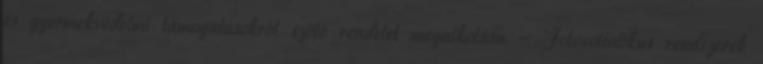
és gyermekvédelmi támogatásokról szóló rendelet megalkotása - Fotovoltatikus rendszerek